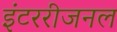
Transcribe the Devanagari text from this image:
इंटररीजनल